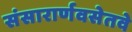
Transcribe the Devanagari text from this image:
संसारार्णवसेतवे